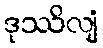
ဒုဿိလျံ